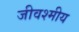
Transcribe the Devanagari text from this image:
जीवश्मीय